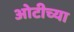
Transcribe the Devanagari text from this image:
ओटीच्या